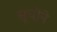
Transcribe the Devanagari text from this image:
सूचीने